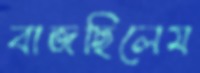
বাজছিলেম